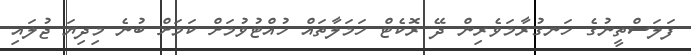
ފަލަސްތީނުގެ ހަނގުރާމަވެރިން ދޭ ރޮކެޓް ހަމަލާތައް ހުއްޓުުވުމަށް ކަމަށް ބުނެ މިދިޔަ ޖުލައި